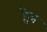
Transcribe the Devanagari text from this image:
ट्वेब